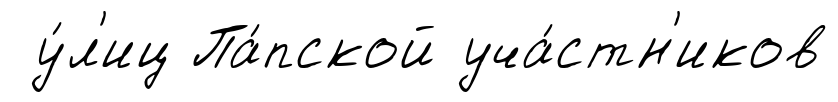
у́л'иц Па́пской уча́стн'иков